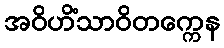
အဝိဟိံသာဝိတက္ကေန